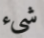
شيء